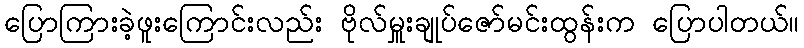
ပြောကြားခဲ့ဖူးကြောင်းလည်း ဗိုလ်မှူးချုပ်ဇော်မင်းထွန်းက ပြောပါတယ်။